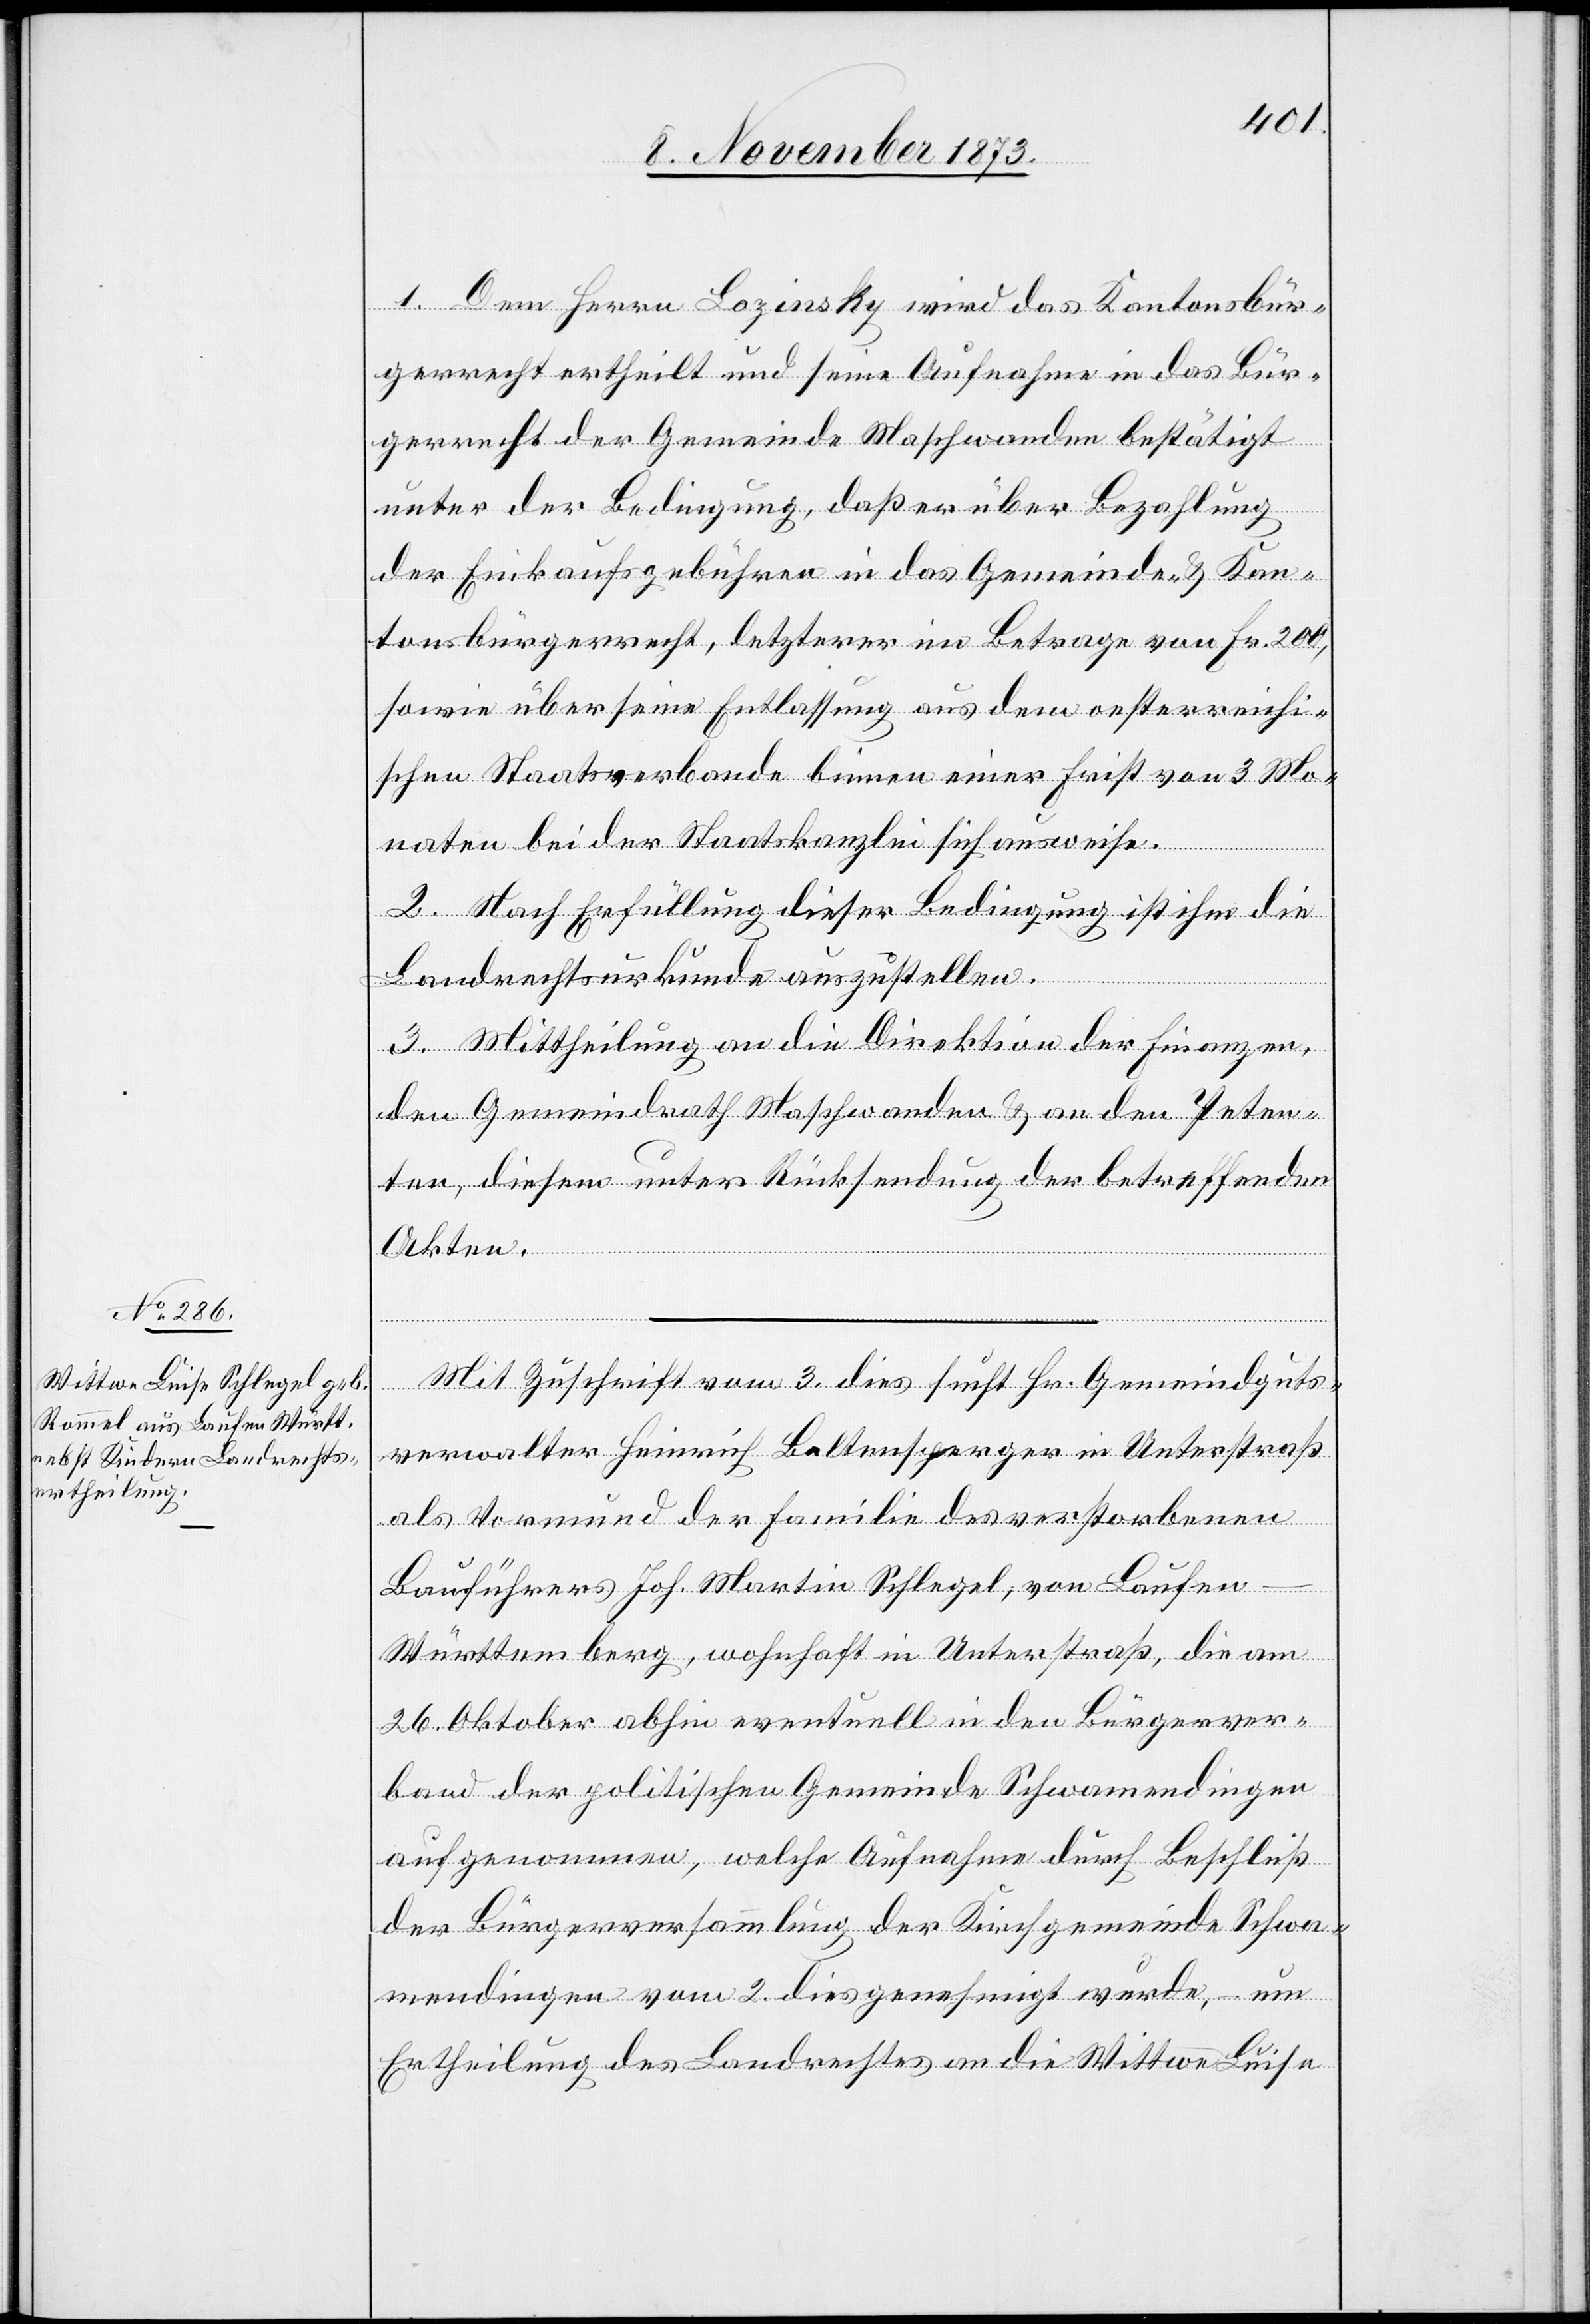
1. Dem Herrn Lozinsky wird das Kantonsbür¬
gerrecht ertheilt und seine Aufnahme in das Bür¬
gerrecht der Gemeinde Maschwanden bestätigt
unter der Bedingung, daß er über Bezahlung
der Einkaufsgebühren in das Gemeinde- & Kan¬
tonsbürgerrecht, letzterer im Betrage von Fr. 200,
sowie über seine Entlassung aus dem oesterreichi¬
schen Staatsverbande binnen einer Frist von 3 Mo¬
naten bei der Staatskanzlei sich ausweise.
2. Nach Erfüllung dieser Bedingung ist ihm die
Landrechtsurkunde auszustellen.
3. Mittheilung an die Direktion der Finanzen,
den Gemeindrath Maschwanden & an den Peten¬
ten, diesem unter Rücksendung der betreffenden
Akten.
Mit Zuschrift vom 3. dies sucht Hr. Gemeindguts¬
verwalter Heinrich Baltensperger in Unterstraß
als Vormund der Familie des verstorbenen
Bauführers Joh. Martin Schlegel, von Laufen
Württemberg, wohnhaft in Unterstraß, die am
26. Oktober abhin eventuell in den Bürgerver¬
band der politischen Gemeinde Schwamendingen
aufgenommen, welche Aufnahme durch Beschluß
der Bürgerversammlung der Kirchgemeinde Schwa¬
mendingen vom 2. dies genehmigt wurde, – um
Ertheilung des Landrechtes an die Wittwe Luise